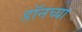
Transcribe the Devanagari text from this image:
डॉनच्या